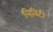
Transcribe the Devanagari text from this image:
लिविटी